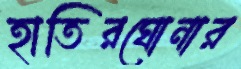
হাতিরঘোনার